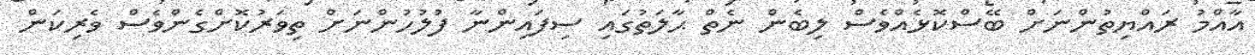
އާއްމު ރައްޔިތުންނަށް ބޭސްކޮޅެއްވެސް ލިބެން ނެތް ޙާލަތުގައި ސިފައިންނާ ފުލުހުންނަށް ތިވަރުކޮށްގެންވެސް ވެރިކަން